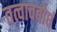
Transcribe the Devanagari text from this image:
तत्वावबोधं